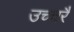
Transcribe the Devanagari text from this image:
उच्‍चरै